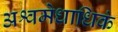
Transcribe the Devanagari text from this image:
अश्वमेधाधिकं